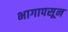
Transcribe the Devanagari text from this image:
भागापसून